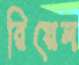
রিয়েল